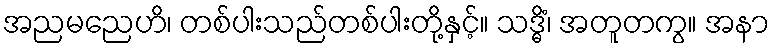
အညမညေဟိ၊ တစ်ပါးသည်တစ်ပါးတို့နှင့်။ သဒ္ဓိံ၊ အတူတကွ။ အနာ